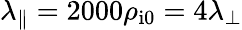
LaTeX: \lambda_{\parallel}=2000\rho_{\mathrm{i0}}=4\lambda_{\perp}